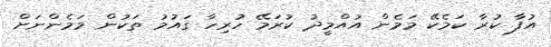
އުފާ ކުރާ ކަމެކޭ މަމެން އުއްމީދު ކުރަމޭ ހުރިހާ ގައުމު ތަކުން މަމެންނަށް